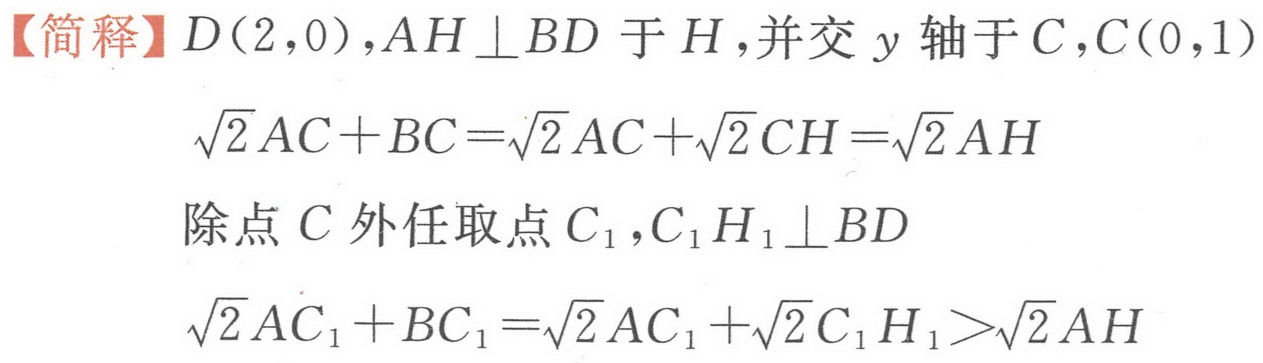
【简释】\(D(2,0)\)，\(AH\perp BD\)于\(H\)，并交\(y\)轴于\(C\)，\(C(0,1)\)
\(\sqrt{2}AC + BC=\sqrt{2}AC+\sqrt{2}CH=\sqrt{2}AH\)
除点\(C\)外任取点\(C_{1}\)，\(C_{1}H_{1}\perp BD\)
\(\sqrt{2}AC_{1}+BC_{1}=\sqrt{2}AC_{1}+\sqrt{2}C_{1}H_{1}>\sqrt{2}AH\)